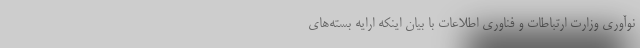
نوآوری وزارت ارتباطات و فناوری اطلاعات با بیان اینکه ارایه بسته‌های